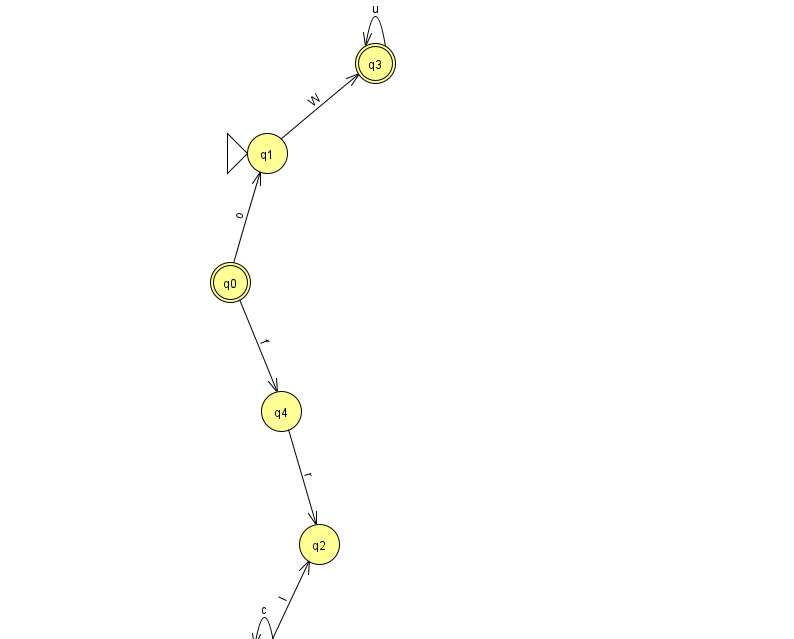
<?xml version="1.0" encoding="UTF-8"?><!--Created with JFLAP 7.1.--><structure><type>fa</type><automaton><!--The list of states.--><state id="0" name="q0"><x>230.0</x><y>269.0</y><final/></state><state id="1" name="q1"><x>267.0</x><y>140.0</y><initial/></state><state id="2" name="q2"><x>319.0</x><y>531.0</y></state><state id="3" name="q3"><x>375.0</x><y>50.0</y><final/></state><state id="4" name="q4"><x>281.0</x><y>398.0</y></state><state id="5" name="q5"><x>264.0</x><y>651.0</y></state><!--The list of transitions.--><transition><from>5</from><to>5</to><read>c</read></transition><transition><from>3</from><to>3</to><read>u</read></transition><transition><from>5</from><to>2</to><read>I</read></transition><transition><from>0</from><to>1</to><read>o</read></transition><transition><from>1</from><to>3</to><read>W</read></transition><transition><from>0</from><to>4</to><read>f</read></transition><transition><from>4</from><to>2</to><read>r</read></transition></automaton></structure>